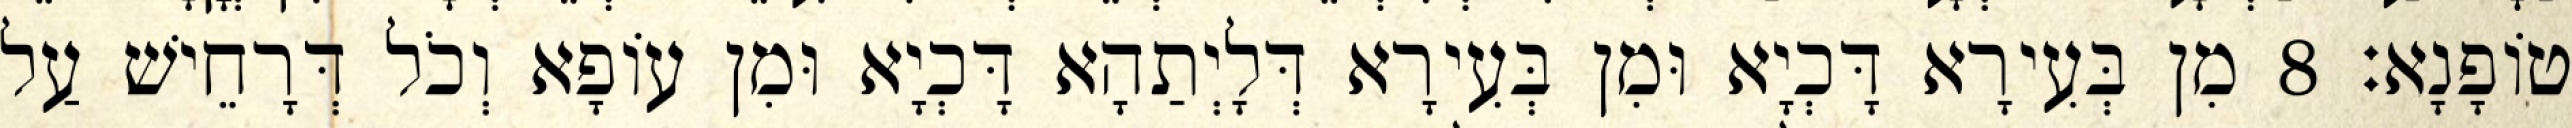
טוֹפָנָא׃ 8 מִן בְּעִירָא דָּכְיָא וּמִן בְּעִירָא דְּלָיְתַהָא דָּכְיָא וּמִן עוֹפָא וְכֹל דְּרָחֵישׁ עַל